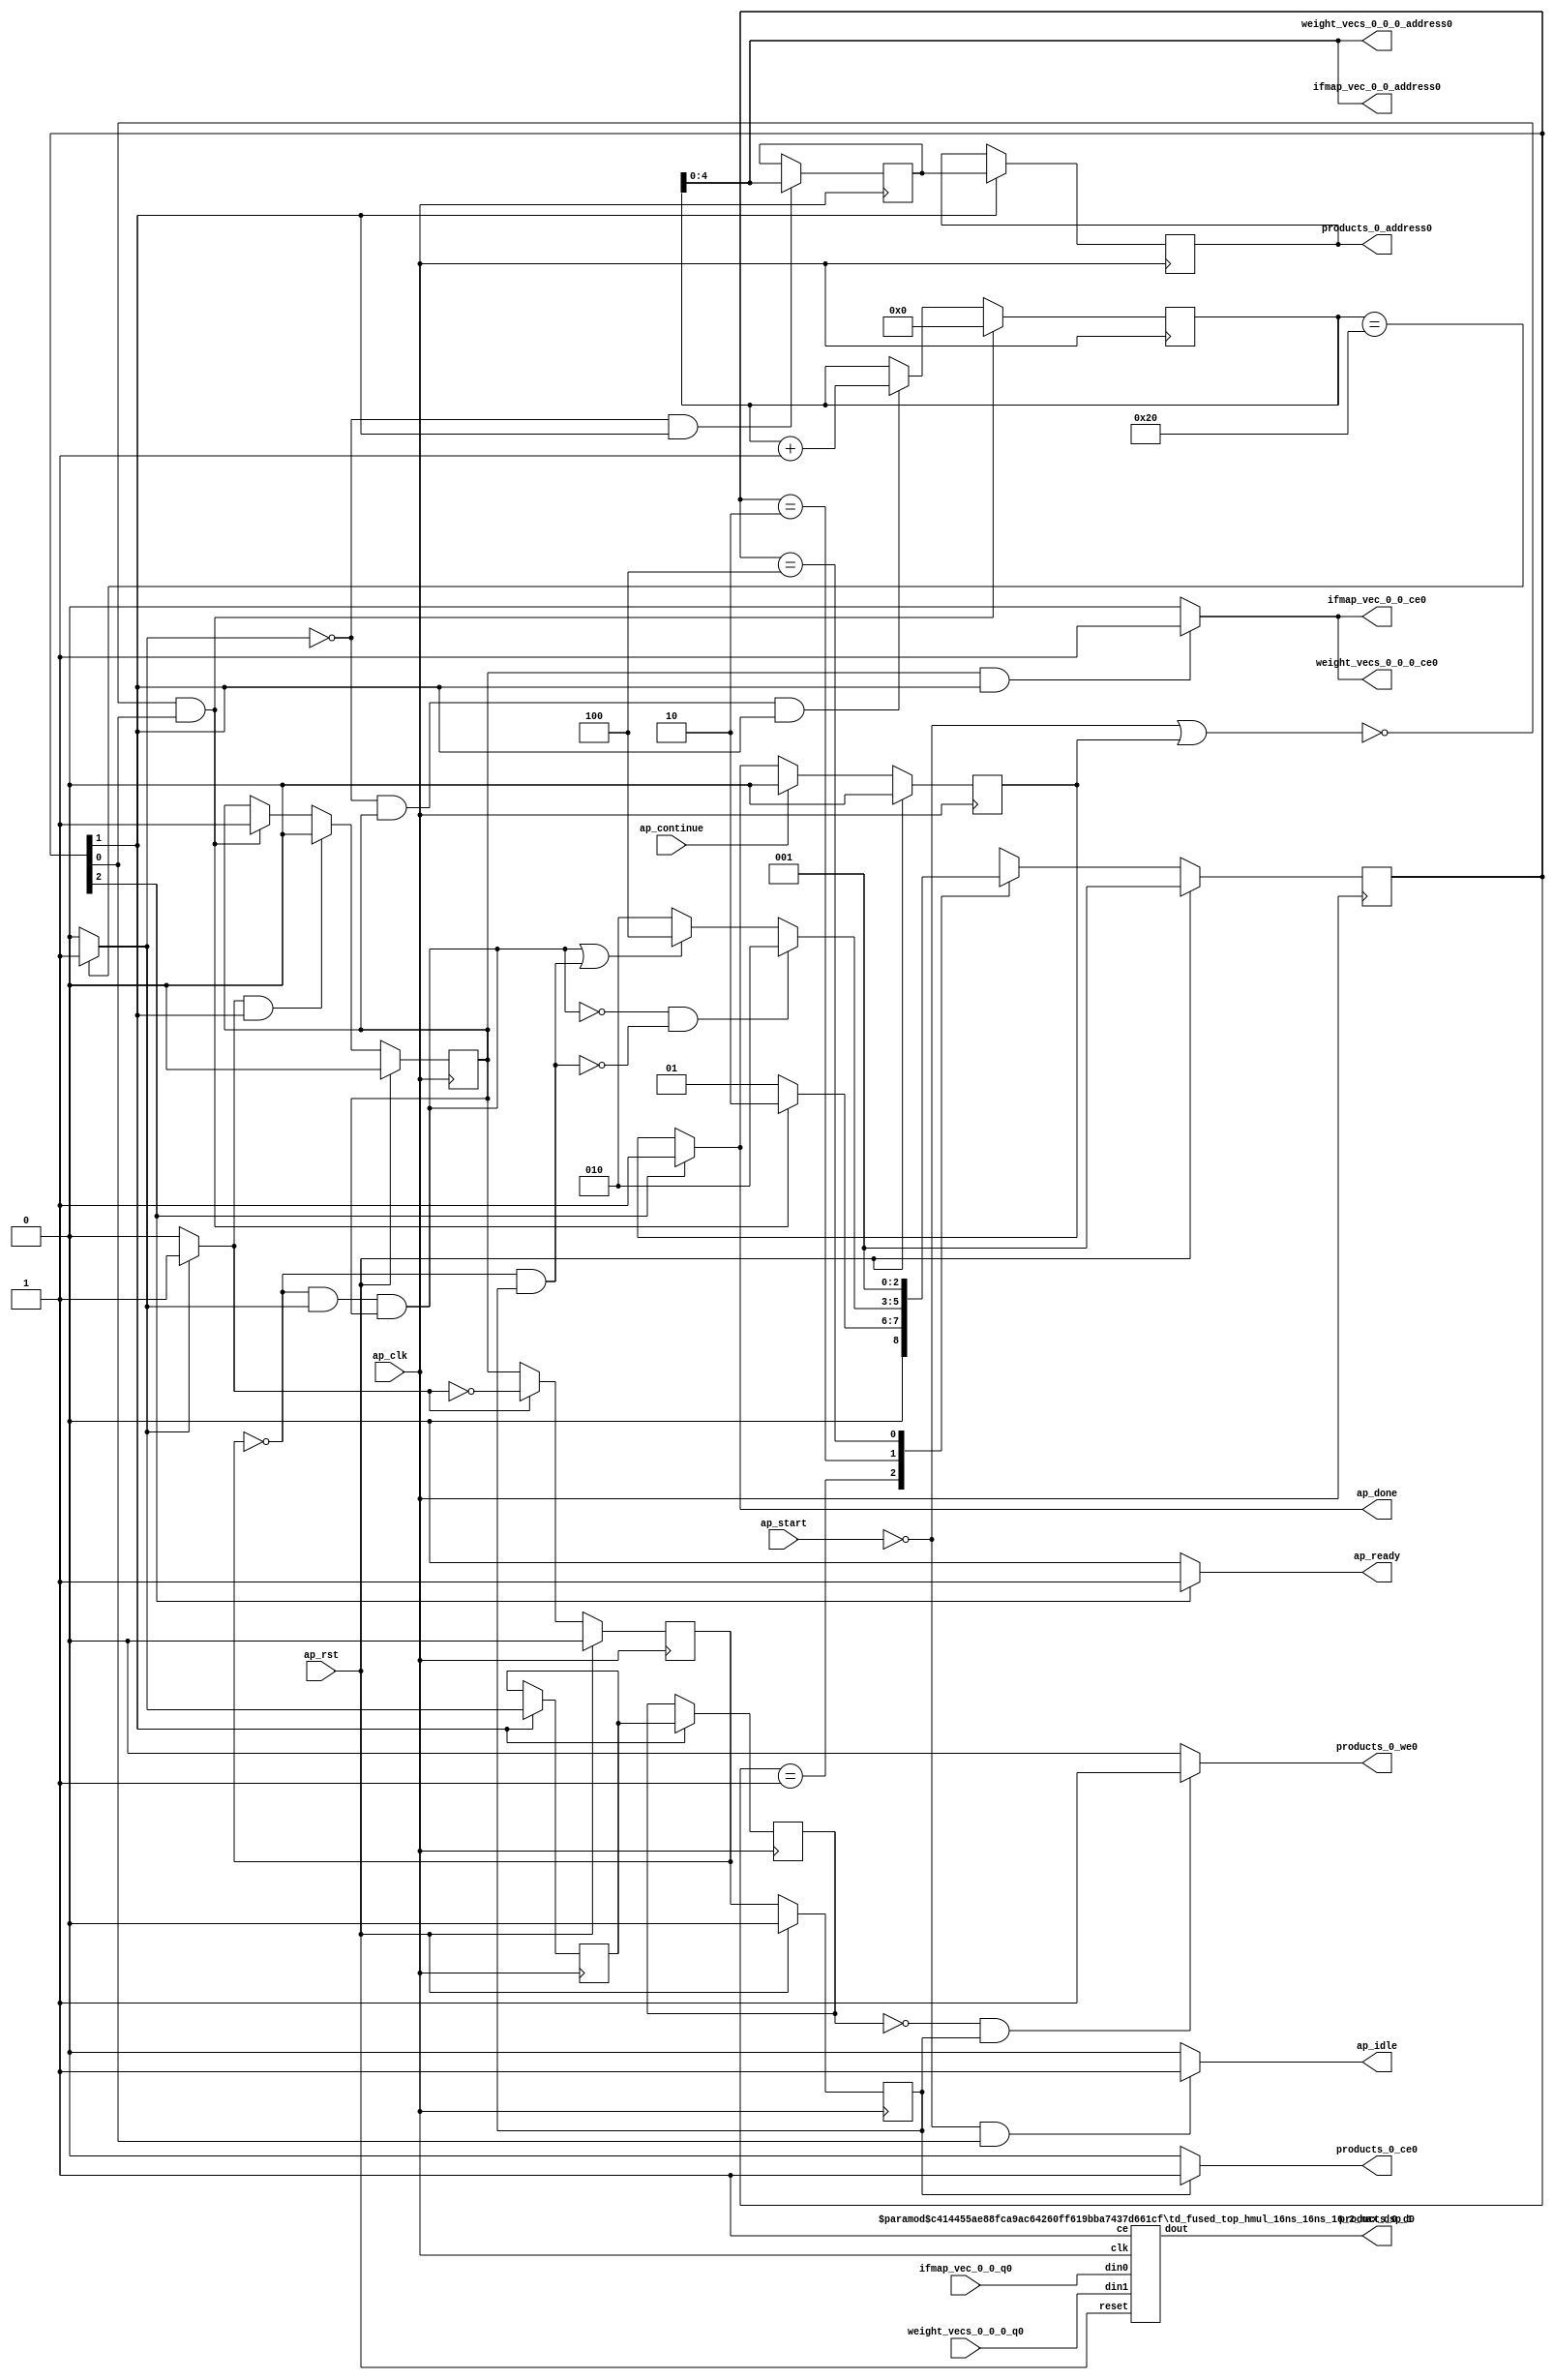
`define SIMULATION_MEMORY
`define EXPONENT 5
`define MANTISSA 10
`define ACTUAL_MANTISSA 11
`define EXPONENT_LSB 10
`define EXPONENT_MSB 14
`define MANTISSA_LSB 0
`define MANTISSA_MSB 9
`define MANTISSA_MUL_SPLIT_LSB 3
`define MANTISSA_MUL_SPLIT_MSB 9
`define SIGN 1
`define SIGN_LOC 15
`define DWIDTH (`SIGN+`EXPONENT+`MANTISSA)
`define IEEE_COMPLIANCE 1

module td_fused_top_tdf3_dot_product (
        ap_clk,
        ap_rst,
        ap_start,
        ap_done,
        ap_continue,
        ap_idle,
        ap_ready,
        ifmap_vec_0_0_address0,
        ifmap_vec_0_0_ce0,
        ifmap_vec_0_0_q0,
        weight_vecs_0_0_0_address0,
        weight_vecs_0_0_0_ce0,
        weight_vecs_0_0_0_q0,
        products_0_address0,
        products_0_ce0,
        products_0_we0,
        products_0_d0
);

parameter    ap_ST_fsm_state1 = 3'd1;
parameter    ap_ST_fsm_pp0_stage0 = 3'd2;
parameter    ap_ST_fsm_state5 = 3'd4;

input   ap_clk;
input   ap_rst;
input   ap_start;
output   ap_done;
input   ap_continue;
output   ap_idle;
output   ap_ready;
output  [4:0] ifmap_vec_0_0_address0;
output   ifmap_vec_0_0_ce0;
input  [15:0] ifmap_vec_0_0_q0;
output  [4:0] weight_vecs_0_0_0_address0;
output   weight_vecs_0_0_0_ce0;
input  [15:0] weight_vecs_0_0_0_q0;
output  [4:0] products_0_address0;
output   products_0_ce0;
output   products_0_we0;
output  [15:0] products_0_d0;

reg ap_done;
reg ap_idle;
reg ap_ready;
reg ifmap_vec_0_0_ce0;
reg weight_vecs_0_0_0_ce0;
reg products_0_ce0;
reg products_0_we0;

reg    ap_done_reg;
  reg   [2:0] ap_CS_fsm;
wire    ap_CS_fsm_state1;
reg   [5:0] ic_0_0_reg_69;
wire   [5:0] add_ln148_fu_87_p2;
wire    ap_CS_fsm_pp0_stage0;
reg    ap_enable_reg_pp0_iter0;
wire    ap_block_state2_pp0_stage0_iter0;
wire    ap_block_state3_pp0_stage0_iter1;
wire    ap_block_state4_pp0_stage0_iter2;
wire    ap_block_pp0_stage0_11001;
wire   [0:0] icmp_ln148_fu_93_p2;
reg   [0:0] icmp_ln148_reg_118;
reg   [0:0] icmp_ln148_reg_118_pp0_iter1_reg;
wire   [4:0] trunc_ln149_fu_105_p1;
reg   [4:0] trunc_ln149_reg_122;
reg   [4:0] trunc_ln149_reg_122_pp0_iter1_reg;
reg    ap_block_state1;
wire    ap_block_pp0_stage0_subdone;
reg    ap_condition_pp0_exit_iter0_state2;
reg    ap_enable_reg_pp0_iter1;
reg    ap_enable_reg_pp0_iter2;
wire   [63:0] zext_ln148_fu_99_p1;
wire    ap_block_pp0_stage0;
wire   [63:0] idxprom30_0_0_fu_109_p1;
wire   [15:0] grp_fu_80_p2;
wire    ap_CS_fsm_state5;
reg   [2:0] ap_NS_fsm;
reg    ap_idle_pp0;
wire    ap_enable_pp0;
wire    ap_ce_reg;

// power-on initialization
initial begin
#0 ap_done_reg = 1'b0;
#0 ap_CS_fsm = 3'd1;
#0 ap_enable_reg_pp0_iter0 = 1'b0;
#0 ap_enable_reg_pp0_iter1 = 1'b0;
#0 ap_enable_reg_pp0_iter2 = 1'b0;
end

td_fused_top_hmul_16ns_16ns_16_2_max_dsp_1 #(
    .ID( 1 ),
    .NUM_STAGE( 2 ),
    .din0_WIDTH( 16 ),
    .din1_WIDTH( 16 ),
    .dout_WIDTH( 16 ))
hmul_16ns_16ns_16_2_max_dsp_1_U250(
    .clk(ap_clk),
    .reset(ap_rst),
    .din0(ifmap_vec_0_0_q0),
    .din1(weight_vecs_0_0_0_q0),
    .ce(1'b1),
    .dout(grp_fu_80_p2)
);

always @ (posedge ap_clk) begin
    if (ap_rst == 1'b1) begin
        ap_CS_fsm <= ap_ST_fsm_state1;
    end else begin
        ap_CS_fsm <= ap_NS_fsm;
    end
end

always @ (posedge ap_clk) begin
    if (ap_rst == 1'b1) begin
        ap_done_reg <= 1'b0;
    end else begin
        if ((ap_continue == 1'b1)) begin
            ap_done_reg <= 1'b0;
        end else if ((1'b1 == ap_CS_fsm_state5)) begin
            ap_done_reg <= 1'b1;
        end
    end
end

always @ (posedge ap_clk) begin
    if (ap_rst == 1'b1) begin
        ap_enable_reg_pp0_iter0 <= 1'b0;
    end else begin
        if (((1'b0 == ap_block_pp0_stage0_subdone) & (1'b1 == ap_condition_pp0_exit_iter0_state2) & (1'b1 == ap_CS_fsm_pp0_stage0))) begin
            ap_enable_reg_pp0_iter0 <= 1'b0;
        end else if ((~((ap_start == 1'b0) | (ap_done_reg == 1'b1)) & (1'b1 == ap_CS_fsm_state1))) begin
            ap_enable_reg_pp0_iter0 <= 1'b1;
        end
    end
end

always @ (posedge ap_clk) begin
    if (ap_rst == 1'b1) begin
        ap_enable_reg_pp0_iter1 <= 1'b0;
    end else begin
        if ((1'b0 == ap_block_pp0_stage0_subdone)) begin
            if ((1'b1 == ap_condition_pp0_exit_iter0_state2)) begin
                ap_enable_reg_pp0_iter1 <= (1'b1 ^ ap_condition_pp0_exit_iter0_state2);
            end else if ((1'b1 == 1'b1)) begin
                ap_enable_reg_pp0_iter1 <= ap_enable_reg_pp0_iter0;
            end
        end
    end
end

always @ (posedge ap_clk) begin
    if (ap_rst == 1'b1) begin
        ap_enable_reg_pp0_iter2 <= 1'b0;
    end else begin
        if ((1'b0 == ap_block_pp0_stage0_subdone)) begin
            ap_enable_reg_pp0_iter2 <= ap_enable_reg_pp0_iter1;
        end else if ((~((ap_start == 1'b0) | (ap_done_reg == 1'b1)) & (1'b1 == ap_CS_fsm_state1))) begin
            ap_enable_reg_pp0_iter2 <= 1'b0;
        end
    end
end

always @ (posedge ap_clk) begin
    if ((~((ap_start == 1'b0) | (ap_done_reg == 1'b1)) & (1'b1 == ap_CS_fsm_state1))) begin
        ic_0_0_reg_69 <= 6'd0;
    end else if (((icmp_ln148_fu_93_p2 == 1'd0) & (1'b0 == ap_block_pp0_stage0_11001) & (ap_enable_reg_pp0_iter0 == 1'b1) & (1'b1 == ap_CS_fsm_pp0_stage0))) begin
        ic_0_0_reg_69 <= add_ln148_fu_87_p2;
    end
end

always @ (posedge ap_clk) begin
    if (((1'b0 == ap_block_pp0_stage0_11001) & (1'b1 == ap_CS_fsm_pp0_stage0))) begin
        icmp_ln148_reg_118 <= icmp_ln148_fu_93_p2;
        icmp_ln148_reg_118_pp0_iter1_reg <= icmp_ln148_reg_118;
        trunc_ln149_reg_122_pp0_iter1_reg <= trunc_ln149_reg_122;
    end
end

always @ (posedge ap_clk) begin
    if (((icmp_ln148_fu_93_p2 == 1'd0) & (1'b0 == ap_block_pp0_stage0_11001) & (1'b1 == ap_CS_fsm_pp0_stage0))) begin
        trunc_ln149_reg_122 <= trunc_ln149_fu_105_p1;
    end
end

always @ (*) begin
    if ((icmp_ln148_fu_93_p2 == 1'd1)) begin
        ap_condition_pp0_exit_iter0_state2 = 1'b1;
    end else begin
        ap_condition_pp0_exit_iter0_state2 = 1'b0;
    end
end

always @ (*) begin
    if ((1'b1 == ap_CS_fsm_state5)) begin
        ap_done = 1'b1;
    end else begin
        ap_done = ap_done_reg;
    end
end

always @ (*) begin
    if (((ap_start == 1'b0) & (1'b1 == ap_CS_fsm_state1))) begin
        ap_idle = 1'b1;
    end else begin
        ap_idle = 1'b0;
    end
end

always @ (*) begin
    if (((ap_enable_reg_pp0_iter1 == 1'b0) & (ap_enable_reg_pp0_iter0 == 1'b0) & (ap_enable_reg_pp0_iter2 == 1'b0))) begin
        ap_idle_pp0 = 1'b1;
    end else begin
        ap_idle_pp0 = 1'b0;
    end
end

always @ (*) begin
    if ((1'b1 == ap_CS_fsm_state5)) begin
        ap_ready = 1'b1;
    end else begin
        ap_ready = 1'b0;
    end
end

always @ (*) begin
    if (((1'b0 == ap_block_pp0_stage0_11001) & (ap_enable_reg_pp0_iter0 == 1'b1) & (1'b1 == ap_CS_fsm_pp0_stage0))) begin
        ifmap_vec_0_0_ce0 = 1'b1;
    end else begin
        ifmap_vec_0_0_ce0 = 1'b0;
    end
end

always @ (*) begin
    if (((1'b0 == ap_block_pp0_stage0_11001) & (ap_enable_reg_pp0_iter2 == 1'b1))) begin
        products_0_ce0 = 1'b1;
    end else begin
        products_0_ce0 = 1'b0;
    end
end

always @ (*) begin
    if (((icmp_ln148_reg_118_pp0_iter1_reg == 1'd0) & (1'b0 == ap_block_pp0_stage0_11001) & (ap_enable_reg_pp0_iter2 == 1'b1))) begin
        products_0_we0 = 1'b1;
    end else begin
        products_0_we0 = 1'b0;
    end
end

always @ (*) begin
    if (((1'b0 == ap_block_pp0_stage0_11001) & (ap_enable_reg_pp0_iter0 == 1'b1) & (1'b1 == ap_CS_fsm_pp0_stage0))) begin
        weight_vecs_0_0_0_ce0 = 1'b1;
    end else begin
        weight_vecs_0_0_0_ce0 = 1'b0;
    end
end

always @ (*) begin
    case (ap_CS_fsm)
        ap_ST_fsm_state1 : begin
            if ((~((ap_start == 1'b0) | (ap_done_reg == 1'b1)) & (1'b1 == ap_CS_fsm_state1))) begin
                ap_NS_fsm = ap_ST_fsm_pp0_stage0;
            end else begin
                ap_NS_fsm = ap_ST_fsm_state1;
            end
        end
        ap_ST_fsm_pp0_stage0 : begin
            if ((~((ap_enable_reg_pp0_iter1 == 1'b0) & (icmp_ln148_fu_93_p2 == 1'd1) & (1'b0 == ap_block_pp0_stage0_subdone) & (ap_enable_reg_pp0_iter0 == 1'b1)) & ~((ap_enable_reg_pp0_iter1 == 1'b0) & (1'b0 == ap_block_pp0_stage0_subdone) & (ap_enable_reg_pp0_iter2 == 1'b1)))) begin
                ap_NS_fsm = ap_ST_fsm_pp0_stage0;
            end else if ((((ap_enable_reg_pp0_iter1 == 1'b0) & (icmp_ln148_fu_93_p2 == 1'd1) & (1'b0 == ap_block_pp0_stage0_subdone) & (ap_enable_reg_pp0_iter0 == 1'b1)) | ((ap_enable_reg_pp0_iter1 == 1'b0) & (1'b0 == ap_block_pp0_stage0_subdone) & (ap_enable_reg_pp0_iter2 == 1'b1)))) begin
                ap_NS_fsm = ap_ST_fsm_state5;
            end else begin
                ap_NS_fsm = ap_ST_fsm_pp0_stage0;
            end
        end
        ap_ST_fsm_state5 : begin
            ap_NS_fsm = ap_ST_fsm_state1;
        end
        default : begin
            ap_NS_fsm = 'bx;
        end
    endcase
end

assign add_ln148_fu_87_p2 = (ic_0_0_reg_69 + 6'd1);

assign ap_CS_fsm_pp0_stage0 = ap_CS_fsm[32'd1];

assign ap_CS_fsm_state1 = ap_CS_fsm[32'd0];

assign ap_CS_fsm_state5 = ap_CS_fsm[32'd2];

assign ap_block_pp0_stage0 = ~(1'b1 == 1'b1);

assign ap_block_pp0_stage0_11001 = ~(1'b1 == 1'b1);

assign ap_block_pp0_stage0_subdone = ~(1'b1 == 1'b1);

always @ (*) begin
    ap_block_state1 = ((ap_start == 1'b0) | (ap_done_reg == 1'b1));
end

assign ap_block_state2_pp0_stage0_iter0 = ~(1'b1 == 1'b1);

assign ap_block_state3_pp0_stage0_iter1 = ~(1'b1 == 1'b1);

assign ap_block_state4_pp0_stage0_iter2 = ~(1'b1 == 1'b1);

assign ap_enable_pp0 = (ap_idle_pp0 ^ 1'b1);

assign icmp_ln148_fu_93_p2 = ((ic_0_0_reg_69 == 6'd32) ? 1'b1 : 1'b0);

assign idxprom30_0_0_fu_109_p1 = trunc_ln149_reg_122_pp0_iter1_reg;

assign ifmap_vec_0_0_address0 = zext_ln148_fu_99_p1;

assign products_0_address0 = idxprom30_0_0_fu_109_p1;

assign products_0_d0 = grp_fu_80_p2;

assign trunc_ln149_fu_105_p1 = ic_0_0_reg_69[4:0];

assign weight_vecs_0_0_0_address0 = zext_ln148_fu_99_p1;

assign zext_ln148_fu_99_p1 = ic_0_0_reg_69;

endmodule //td_fused_top_tdf3_dot_product
module td_fused_top_hmul_16ns_16ns_16_2_max_dsp_1
#(parameter
    ID         = 31,
    NUM_STAGE  = 2,
    din0_WIDTH = 16,
    din1_WIDTH = 16,
    dout_WIDTH = 16
)(
    input  wire                  clk,
    input  wire                  reset,
    input  wire                  ce,
    input  wire [din0_WIDTH-1:0] din0,
    input  wire [din1_WIDTH-1:0] din1,
    output wire [dout_WIDTH-1:0] dout
);
//------------------------Local signal-------------------
wire                  a_tvalid;
wire [15:0]           a_tdata;
wire                  b_tvalid;
wire [15:0]           b_tdata;
wire                  r_tvalid;
wire [15:0]           r_tdata;
reg  [din0_WIDTH-1:0] din0_buf1;
reg  [din1_WIDTH-1:0] din1_buf1;
reg                   ce_r;
wire [dout_WIDTH-1:0] dout_i;
reg  [dout_WIDTH-1:0] dout_r;
//------------------------Instantiation------------------
td_fused_top_ap_hmul_0_max_dsp_16 td_fused_top_ap_hmul_0_max_dsp_16_u (
    .s_axis_a_tvalid      ( a_tvalid ),
    .s_axis_a_tdata       ( a_tdata ),
    .s_axis_b_tvalid      ( b_tvalid ),
    .s_axis_b_tdata       ( b_tdata ),
    .m_axis_result_tvalid ( r_tvalid ),
    .m_axis_result_tdata  ( r_tdata )
);
//------------------------Body---------------------------
assign a_tvalid = 1'b1;
assign a_tdata  = din0_buf1;
assign b_tvalid = 1'b1;
assign b_tdata  = din1_buf1;
assign dout_i   = r_tdata;

always @(posedge clk) begin
    if (ce) begin
        din0_buf1 <= din0;
        din1_buf1 <= din1;
    end
end

always @ (posedge clk) begin
    ce_r <= ce;
end

always @ (posedge clk) begin
    if (ce_r) begin
        dout_r <= dout_i;
    end
end

assign dout = ce_r?dout_i:dout_r;
endmodule
module td_fused_top_ap_hmul_0_max_dsp_16 (
   input  wire        s_axis_a_tvalid,
   input  wire [15:0] s_axis_a_tdata,
   input  wire        s_axis_b_tvalid,
   input  wire [15:0] s_axis_b_tdata,
   output wire        m_axis_result_tvalid,
   output wire [15:0] m_axis_result_tdata
);

`ifdef complex_dsp
   multiply_fp u_mult_fp (
      .a(s_axis_a_tdata),
      .b(s_axis_b_tdata),
      .out(m_axis_result_tdata)
   );
`else
FPMult_16 u_FPMult (.clk(), .rst(1'b0), .a(s_axis_a_tdata), .b(s_axis_b_tdata), .result(m_axis_result_tdata), .flags());
`endif


endmodule
module FPMult_16(
		clk,
		rst,
		a,
		b,
		result,
		flags
    );

	// Input Ports
	input clk ;							// Clock
	input rst ;							// Reset signal
	input [`DWIDTH-1:0] a;					// Input A, a 32-bit floating point number
	input [`DWIDTH-1:0] b;					// Input B, a 32-bit floating point number

	// Output ports
	output [`DWIDTH-1:0] result ;					// Product, result of the operation, 32-bit FP number
	output [4:0] flags ;				// Flags indicating exceptions according to IEEE754

	// Internal signals
	wire [31:0] Z_int ;				// Product, result of the operation, 32-bit FP number
	wire [4:0] Flags_int ;			// Flags indicating exceptions according to IEEE754

	wire Sa ;							// A's sign
	wire Sb ;							// B's sign
	wire Sp ;							// Product sign
	wire [`EXPONENT-1:0] Ea ;					// A's exponent
	wire [`EXPONENT-1:0] Eb ;					// B's exponent
	wire [2*`MANTISSA+1:0] Mp ;					// Product mantissa
	wire [4:0] InputExc ;			// Exceptions in inputs
	wire [`MANTISSA-1:0] NormM ;				// Normalized mantissa
	wire [`EXPONENT:0] NormE ;				// Normalized exponent
	wire [`MANTISSA:0] RoundM ;				// Normalized mantissa
	wire [`EXPONENT:0] RoundE ;				// Normalized exponent
	wire [`MANTISSA:0] RoundMP ;				// Normalized mantissa
	wire [`EXPONENT:0] RoundEP ;				// Normalized exponent
	wire GRS ;

	//reg [63:0] pipe_0;			// Pipeline register Input->Prep
	reg [2*`DWIDTH-1:0] pipe_0;			// Pipeline register Input->Prep

	//reg [92:0] pipe_1;			// Pipeline register Prep->Execute
	reg [3*`MANTISSA+2*`EXPONENT+7:0] pipe_1;			// Pipeline register Prep->Execute

	//reg [38:0] pipe_2;			// Pipeline register Execute->Normalize
	reg [`MANTISSA+`EXPONENT+7:0] pipe_2;			// Pipeline register Execute->Normalize

	//reg [72:0] pipe_3;			// Pipeline register Normalize->Round
	reg [2*`MANTISSA+2*`EXPONENT+10:0] pipe_3;			// Pipeline register Normalize->Round

	//reg [36:0] pipe_4;			// Pipeline register Round->Output
	reg [`DWIDTH+4:0] pipe_4;			// Pipeline register Round->Output

	assign result = pipe_4[`DWIDTH+4:5] ;
	assign flags = pipe_4[4:0] ;

	// Prepare the operands for alignment and check for exceptions
	FPMult_PrepModule PrepModule(clk, rst, pipe_0[2*`DWIDTH-1:`DWIDTH], pipe_0[`DWIDTH-1:0], Sa, Sb, Ea[`EXPONENT-1:0], Eb[`EXPONENT-1:0], Mp[2*`MANTISSA+1:0], InputExc[4:0]) ;

	// Perform (unsigned) mantissa multiplication
	FPMult_ExecuteModule ExecuteModule(pipe_1[3*`MANTISSA+`EXPONENT*2+7:2*`MANTISSA+2*`EXPONENT+8], pipe_1[2*`MANTISSA+2*`EXPONENT+7:2*`MANTISSA+7], pipe_1[2*`MANTISSA+6:5], pipe_1[2*`MANTISSA+2*`EXPONENT+6:2*`MANTISSA+`EXPONENT+7], pipe_1[2*`MANTISSA+`EXPONENT+6:2*`MANTISSA+7], pipe_1[2*`MANTISSA+2*`EXPONENT+8], pipe_1[2*`MANTISSA+2*`EXPONENT+7], Sp, NormE[`EXPONENT:0], NormM[`MANTISSA-1:0], GRS) ;

	// Round result and if necessary, perform a second (post-rounding) normalization step
	FPMult_NormalizeModule NormalizeModule(pipe_2[`MANTISSA-1:0], pipe_2[`MANTISSA+`EXPONENT:`MANTISSA], RoundE[`EXPONENT:0], RoundEP[`EXPONENT:0], RoundM[`MANTISSA:0], RoundMP[`MANTISSA:0]) ;

	// Round result and if necessary, perform a second (post-rounding) normalization step
	//FPMult_RoundModule RoundModule(pipe_3[47:24], pipe_3[23:0], pipe_3[65:57], pipe_3[56:48], pipe_3[66], pipe_3[67], pipe_3[72:68], Z_int[31:0], Flags_int[4:0]) ;
	FPMult_RoundModule RoundModule(pipe_3[2*`MANTISSA+1:`MANTISSA+1], pipe_3[`MANTISSA:0], pipe_3[2*`MANTISSA+2*`EXPONENT+3:2*`MANTISSA+`EXPONENT+3], pipe_3[2*`MANTISSA+`EXPONENT+2:2*`MANTISSA+2], pipe_3[2*`MANTISSA+2*`EXPONENT+4], pipe_3[2*`MANTISSA+2*`EXPONENT+5], pipe_3[2*`MANTISSA+2*`EXPONENT+10:2*`MANTISSA+2*`EXPONENT+6], Z_int[`DWIDTH-1:0], Flags_int[4:0]) ;

	always @ (*) begin
		if(rst) begin
			pipe_0 = 0;
			pipe_1 = 0;
			pipe_2 = 0;
			pipe_3 = 0;
			pipe_4 = 0;
		end
		else begin
			/* PIPE 0
				[63:32] A
				[31:0] B
			*/
      pipe_0 = {a, b} ;

			/* PIPE 1
				[70] Sa
				[69] Sb
				[68:61] Ea
				[60:53] Eb
				[52:5] Mp
				[4:0] InputExc
			*/
			//pipe_1 <= {pipe_0[`DWIDTH+`MANTISSA-1:`DWIDTH], pipe_0[`MANTISSA_MUL_SPLIT_LSB-1:0], Sa, Sb, Ea[`EXPONENT-1:0], Eb[`EXPONENT-1:0], Mp[2*`MANTISSA-1:0], InputExc[4:0]} ;
			pipe_1 = {pipe_0[`DWIDTH+`MANTISSA-1:`DWIDTH], pipe_0[8:0], Sa, Sb, Ea[`EXPONENT-1:0], Eb[`EXPONENT-1:0], Mp[2*`MANTISSA+1:0], InputExc[4:0]} ;
			/* PIPE 2
				[38:34] InputExc
				[33] GRS
				[32] Sp
				[31:23] NormE
				[22:0] NormM
			*/
			pipe_2 = {pipe_1[4:0], GRS, Sp, NormE[`EXPONENT:0], NormM[`MANTISSA-1:0]} ;
			/* PIPE 3
				[72:68] InputExc
				[67] GRS
				[66] Sp
				[65:57] RoundE
				[56:48] RoundEP
				[47:24] RoundM
				[23:0] RoundMP
			*/
			pipe_3 = {pipe_2[`EXPONENT+`MANTISSA+7:`EXPONENT+`MANTISSA+1], RoundE[`EXPONENT:0], RoundEP[`EXPONENT:0], RoundM[`MANTISSA:0], RoundMP[`MANTISSA:0]} ;
			/* PIPE 4
				[36:5] Z
				[4:0] Flags
			*/
			pipe_4 = {Z_int[`DWIDTH-1:0], Flags_int[4:0]} ;
		end
	end

endmodule
module FPMult_RoundModule(
		RoundM,
		RoundMP,
		RoundE,
		RoundEP,
		Sp,
		GRS,
		InputExc,
		Z,
		Flags
    );

	// Input Ports
	input [`MANTISSA:0] RoundM ;									// Normalized mantissa
	input [`MANTISSA:0] RoundMP ;									// Normalized exponent
	input [`EXPONENT:0] RoundE ;									// Normalized mantissa + 1
	input [`EXPONENT:0] RoundEP ;									// Normalized exponent + 1
	input Sp ;												// Product sign
	input GRS ;
	input [4:0] InputExc ;

	// Output Ports
	output [`DWIDTH-1:0] Z ;										// Final product
	output [4:0] Flags ;

	// Internal Signals
	wire [`EXPONENT:0] FinalE ;									// Rounded exponent
	wire [`MANTISSA:0] FinalM;
	wire [`MANTISSA:0] PreShiftM;

	assign PreShiftM = GRS ? RoundMP : RoundM ;	// Round up if R and (G or S)

	// Post rounding normalization (potential one bit shift> use shifted mantissa if there is overflow)
	assign FinalM = (PreShiftM[`MANTISSA] ? {1'b0, PreShiftM[`MANTISSA:1]} : PreShiftM[`MANTISSA:0]) ;

	assign FinalE = (PreShiftM[`MANTISSA] ? RoundEP : RoundE) ; // Increment exponent if a shift was done

	assign Z = {Sp, FinalE[`EXPONENT-1:0], FinalM[`MANTISSA-1:0]} ;   // Putting the pieces together
	assign Flags = InputExc[4:0];

endmodule
module FPMult_NormalizeModule(
		NormM,
		NormE,
		RoundE,
		RoundEP,
		RoundM,
		RoundMP
    );

	// Input Ports
	input [`MANTISSA-1:0] NormM ;									// Normalized mantissa
	input [`EXPONENT:0] NormE ;									// Normalized exponent

	// Output Ports
	output [`EXPONENT:0] RoundE ;
	output [`EXPONENT:0] RoundEP ;
	output [`MANTISSA:0] RoundM ;
	output [`MANTISSA:0] RoundMP ;

	assign RoundE = NormE - 15 ;
	assign RoundEP = NormE - 14 ;
	assign RoundM = NormM ;
	assign RoundMP = NormM ;

endmodule
module FPMult_ExecuteModule(
		a,
		b,
		MpC,
		Ea,
		Eb,
		Sa,
		Sb,
		Sp,
		NormE,
		NormM,
		GRS
    );

	// Input ports
	input [`MANTISSA-1:0] a ;
	input [2*`EXPONENT:0] b ;
	input [2*`MANTISSA+1:0] MpC ;
	input [`EXPONENT-1:0] Ea ;						// A's exponent
	input [`EXPONENT-1:0] Eb ;						// B's exponent
	input Sa ;								// A's sign
	input Sb ;								// B's sign

	// Output ports
	output Sp ;								// Product sign
	output [`EXPONENT:0] NormE ;													// Normalized exponent
	output [`MANTISSA-1:0] NormM ;												// Normalized mantissa
	output GRS ;

	wire [2*`MANTISSA+1:0] Mp ;

	assign Sp = (Sa ^ Sb) ;												// Equal signs give a positive product

   // wire [`ACTUAL_MANTISSA-1:0] inp_a;
   // wire [`ACTUAL_MANTISSA-1:0] inp_b;
   // assign inp_a = {1'b1, a};
   // assign inp_b = {{(`MANTISSA-`MANTISSA_MUL_SPLIT_LSB){1'b0}}, 1'b0, b};
   // DW02_mult #(`ACTUAL_MANTISSA,`ACTUAL_MANTISSA) u_mult(.A(inp_a), .B(inp_b), .TC(1'b0), .PRODUCT(Mp_temp));
   // DW01_add #(2*`ACTUAL_MANTISSA) u_add(.A(Mp_temp), .B(MpC<<`MANTISSA_MUL_SPLIT_LSB), .CI(1'b0), .SUM(Mp), .CO());

	//assign Mp = (MpC<<(2*`EXPONENT+1)) + ({4'b0001, a[`MANTISSA-1:0]}*{1'b0, b[2*`EXPONENT:0]}) ;
	assign Mp = MpC;


	assign NormM = (Mp[2*`MANTISSA+1] ? Mp[2*`MANTISSA:`MANTISSA+1] : Mp[2*`MANTISSA-1:`MANTISSA]); 	// Check for overflow
	assign NormE = (Ea + Eb + Mp[2*`MANTISSA+1]);								// If so, increment exponent

	assign GRS = ((Mp[`MANTISSA]&(Mp[`MANTISSA+1]))|(|Mp[`MANTISSA-1:0])) ;

endmodule
module FPMult_PrepModule (
		clk,
		rst,
		a,
		b,
		Sa,
		Sb,
		Ea,
		Eb,
		Mp,
		InputExc
	);

	// Input ports
	input clk ;
	input rst ;
	input [`DWIDTH-1:0] a ;								// Input A, a 32-bit floating point number
	input [`DWIDTH-1:0] b ;								// Input B, a 32-bit floating point number

	// Output ports
	output Sa ;										// A's sign
	output Sb ;										// B's sign
	output [`EXPONENT-1:0] Ea ;								// A's exponent
	output [`EXPONENT-1:0] Eb ;								// B's exponent
	output [2*`MANTISSA+1:0] Mp ;							// Mantissa product
	output [4:0] InputExc ;						// Input numbers are exceptions

	// Internal signals							// If signal is high...
	wire ANaN ;										// A is a signalling NaN
	wire BNaN ;										// B is a signalling NaN
	wire AInf ;										// A is infinity
	wire BInf ;										// B is infinity
    wire [`MANTISSA-1:0] Ma;
    wire [`MANTISSA-1:0] Mb;

	assign ANaN = &(a[`DWIDTH-2:`MANTISSA]) &  |(a[`DWIDTH-2:`MANTISSA]) ;			// All one exponent and not all zero mantissa - NaN
	assign BNaN = &(b[`DWIDTH-2:`MANTISSA]) &  |(b[`MANTISSA-1:0]);			// All one exponent and not all zero mantissa - NaN
	assign AInf = &(a[`DWIDTH-2:`MANTISSA]) & ~|(a[`DWIDTH-2:`MANTISSA]) ;		// All one exponent and all zero mantissa - Infinity
	assign BInf = &(b[`DWIDTH-2:`MANTISSA]) & ~|(b[`DWIDTH-2:`MANTISSA]) ;		// All one exponent and all zero mantissa - Infinity

	// Check for any exceptions and put all flags into exception vector
	assign InputExc = {(ANaN | BNaN | AInf | BInf), ANaN, BNaN, AInf, BInf} ;
	//assign InputExc = {(ANaN | ANaN | BNaN |BNaN), ANaN, ANaN, BNaN,BNaN} ;

	// Take input numbers apart
	assign Sa = a[`DWIDTH-1] ;							// A's sign
	assign Sb = b[`DWIDTH-1] ;							// B's sign
	assign Ea = a[`DWIDTH-2:`MANTISSA];						// Store A's exponent in Ea, unless A is an exception
	assign Eb = b[`DWIDTH-2:`MANTISSA];						// Store B's exponent in Eb, unless B is an exception
//    assign Ma = a[`MANTISSA_MSB:`MANTISSA_LSB];
  //  assign Mb = b[`MANTISSA_MSB:`MANTISSA_LSB];



	//assign Mp = ({4'b0001, a[`MANTISSA-1:0]}*{4'b0001, b[`MANTISSA-1:9]}) ;
	assign Mp = ({1'b1,a[`MANTISSA-1:0]}*{1'b1, b[`MANTISSA-1:0]}) ;


    //We multiply part of the mantissa here
    //Full mantissa of A
    //Bits MANTISSA_MUL_SPLIT_MSB:MANTISSA_MUL_SPLIT_LSB of B
   // wire [`ACTUAL_MANTISSA-1:0] inp_A;
   // wire [`ACTUAL_MANTISSA-1:0] inp_B;
   // assign inp_A = {1'b1, Ma};
   // assign inp_B = {{(`MANTISSA-(`MANTISSA_MUL_SPLIT_MSB-`MANTISSA_MUL_SPLIT_LSB+1)){1'b0}}, 1'b1, Mb[`MANTISSA_MUL_SPLIT_MSB:`MANTISSA_MUL_SPLIT_LSB]};
   // DW02_mult #(`ACTUAL_MANTISSA,`ACTUAL_MANTISSA) u_mult(.A(inp_A), .B(inp_B), .TC(1'b0), .PRODUCT(Mp));
endmodule